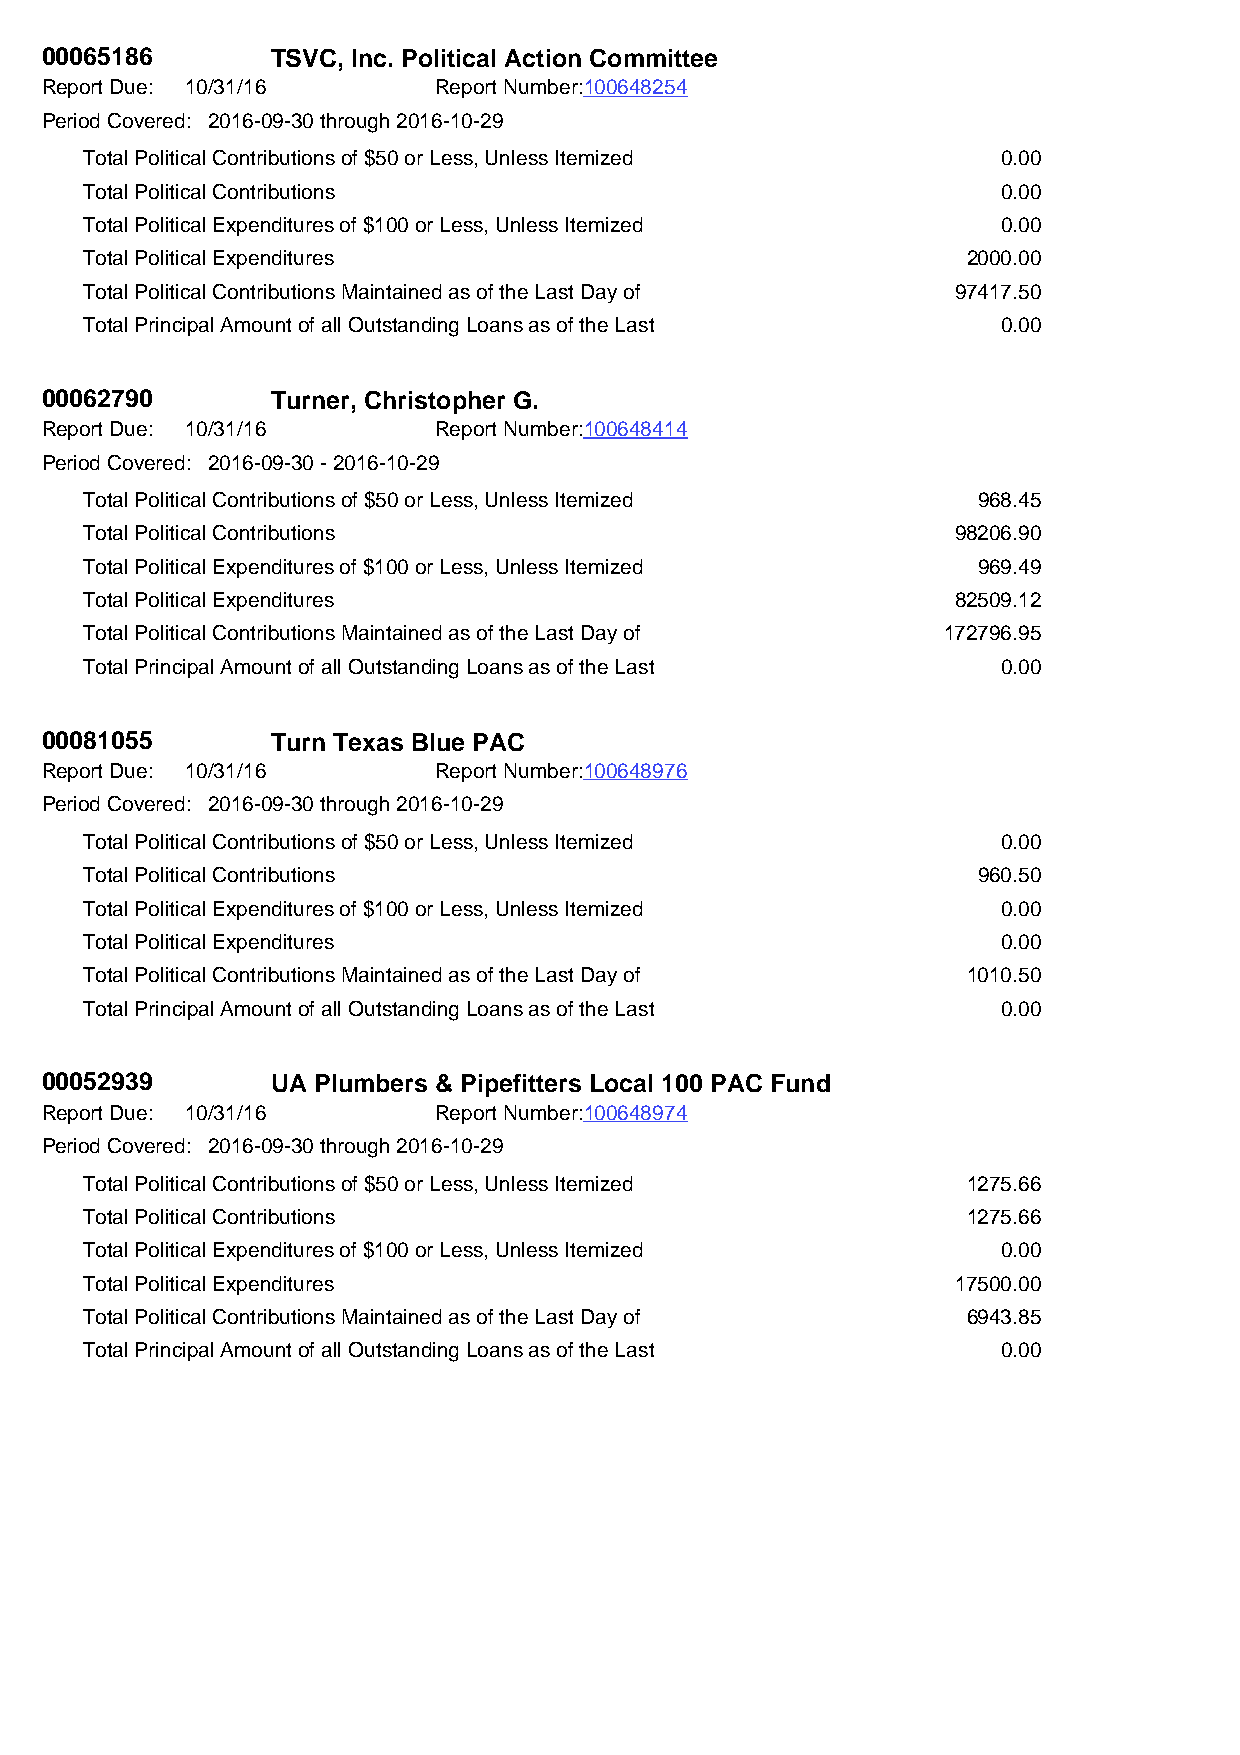
00065186       TSVC, Inc. Political Action Committee
 Report Due: 10/31/16      Report Number:100648254
 Period Covered: 2016-09-30 through 2016-10-29
 Total Political Contributions of $50 or Less, Unless Itemized 0.00
 Total Political Contributions                               0.00
 Total Political Expenditures of $100 or Less, Unless Itemized 0.00
 Total Political Expenditures                              2000.00
 Total Political Contributions Maintained as of the Last Day of 97417.50
 Total Principal Amount of all Outstanding Loans as of the Last 0.00
 00062790       Turner, Christopher G.
 Report Due: 10/31/16      Report Number:100648414
 Period Covered: 2016-09-30 - 2016-10-29
 Total Political Contributions of $50 or Less, Unless Itemized 968.45
 Total Political Contributions                            98206.90
 Total Political Expenditures of $100 or Less, Unless Itemized 969.49
 Total Political Expenditures                             82509.12
 Total Political Contributions Maintained as of the Last Day of 172796.95
 Total Principal Amount of all Outstanding Loans as of the Last 0.00
 00081055       Turn Texas Blue PAC
 Report Due: 10/31/16      Report Number:100648976
 Period Covered: 2016-09-30 through 2016-10-29
 Total Political Contributions of $50 or Less, Unless Itemized 0.00
 Total Political Contributions                              960.50
 Total Political Expenditures of $100 or Less, Unless Itemized 0.00
 Total Political Expenditures                                0.00
 Total Political Contributions Maintained as of the Last Day of 1010.50
 Total Principal Amount of all Outstanding Loans as of the Last 0.00
 00052939       UA Plumbers & Pipefitters Local 100 PAC Fund
 Report Due: 10/31/16      Report Number:100648974
 Period Covered: 2016-09-30 through 2016-10-29
 Total Political Contributions of $50 or Less, Unless Itemized 1275.66
 Total Political Contributions                             1275.66
 Total Political Expenditures of $100 or Less, Unless Itemized 0.00
 Total Political Expenditures                             17500.00
 Total Political Contributions Maintained as of the Last Day of 6943.85
 Total Principal Amount of all Outstanding Loans as of the Last 0.00